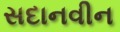
સદાનવીન